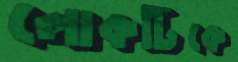
লোকটিকে